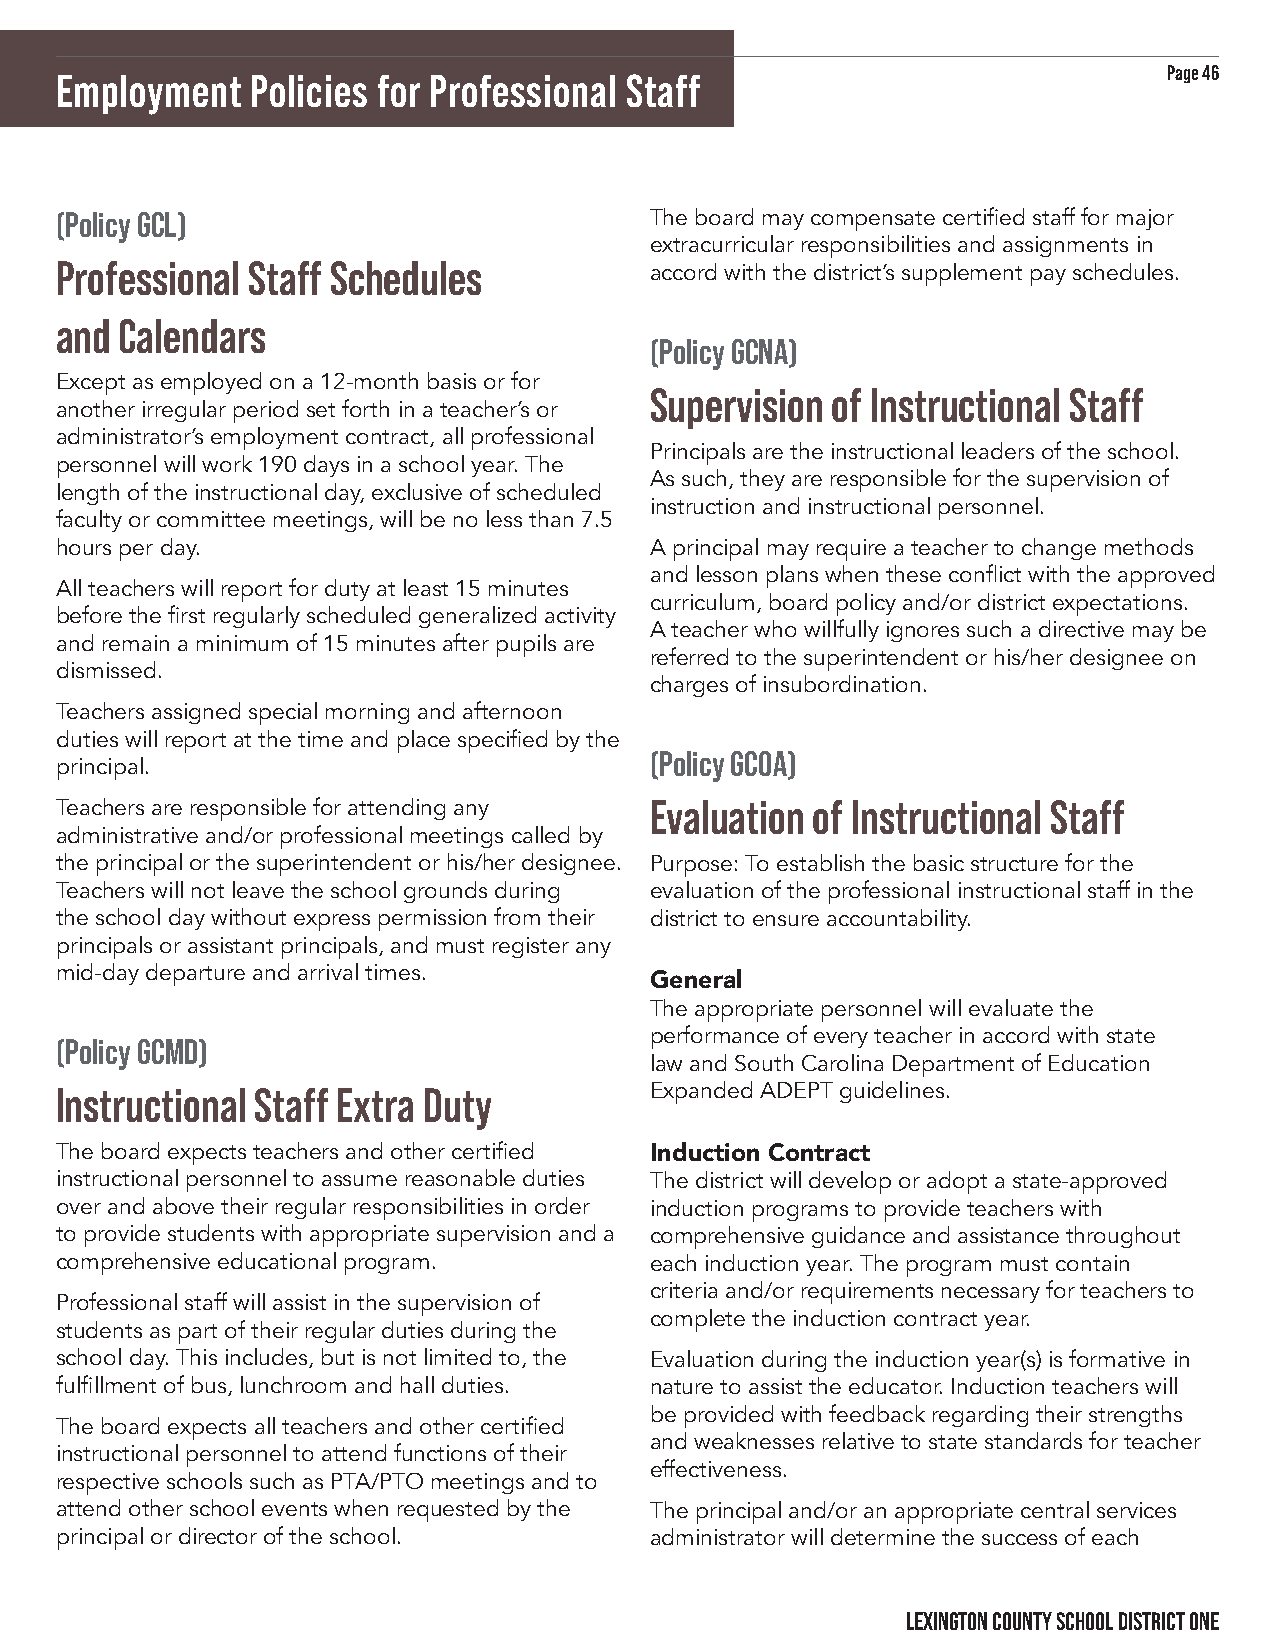
Page 46
 Employment   Policies for Professional Staff
 (Policy GCL)                           The board may compensate certified staff for major
 extracurricular responsibilities and assignments in
 Professional Staff Schedules
 accord with the district’s supplement pay schedules.
 and Calendars
 (Policy GCNA)
 Except as employed on a 12-month basis or for
 Supervision of Instructional Staff
 another irregular period set forth in a teacher’s or
 administrator’s employment contract, all professional
 Principals are the instructional leaders of the school.
 personnel will work 190 days in a school year. The
 As such, they are responsible for the supervision of
 length of the instructional day, exclusive of scheduled
 instruction and instructional personnel.
 faculty or committee meetings, will be no less than 7.5
 hours per day.                         A principal may require a teacher to change methods
 and lesson plans when these conflict with the approved
 All teachers will report for duty at least 15 minutes
 curriculum, board policy and/or district expectations.
 before the first regularly scheduled generalized activity
 A teacher who willfully ignores such a directive may be
 and remain a minimum of 15 minutes after pupils are
 referred to the superintendent or his/her designee on
 dismissed.
 charges of insubordination.
 Teachers assigned special morning and afternoon
 duties will report at the time and place specified by the
 (Policy GCOA)
 principal.
 Teachers are responsible for attending any Evaluation of Instructional Staff
 administrative and/or professional meetings called by
 the principal or the superintendent or his/her designee. Purpose: To establish the basic structure for the
 Teachers will not leave the school grounds during evaluation of the professional instructional staff in the
 the school day without express permission from their district to ensure accountability.
 principals or assistant principals, and must register any
 mid-day departure and arrival times.
 General
 The appropriate personnel will evaluate the
 performance of every teacher in accord with state
 (Policy GCMD)
 law and South Carolina Department of Education
 Instructional Staff Extra Duty         Expanded ADEPT guidelines.
 The board expects teachers and other certified Induction Contract
 instructional personnel to assume reasonable duties The district will develop or adopt a state-approved
 over and above their regular responsibilities in order induction programs to provide teachers with
 to provide students with appropriate supervision and a comprehensive guidance and assistance throughout
 comprehensive educational program.     each induction year. The program must contain
 criteria and/or requirements necessary for teachers to
 Professional staff will assist in the supervision of
 complete the induction contract year.
 students as part of their regular duties during the
 school day. This includes, but is not limited to, the Evaluation during the induction year(s) is formative in
 fulfillment of bus, lunchroom and hall duties. nature to assist the educator. Induction teachers will
 be provided with feedback regarding their strengths
 The board expects all teachers and other certified
 and weaknesses relative to state standards for teacher
 instructional personnel to attend functions of their
 effectiveness.
 respective schools such as PTA/PTO meetings and to
 attend other school events when requested by the The principal and/or an appropriate central services
 principal or director of the school.   administrator will determine the success of each
 LEXINGTON COUNTY SCHOOL DISTRICT ONE